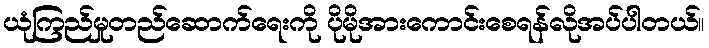
ယုံကြည်မှုတည်ဆောက်ရေးကို ပိုမိုအားကောင်းစေရန်လိုအပ်ပါတယ်။